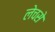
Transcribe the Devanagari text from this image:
लेचसे